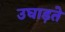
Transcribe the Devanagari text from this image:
उघाड़ते